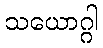
သယောဂ္ဂါ